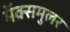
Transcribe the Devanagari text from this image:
मॅक्समुलर